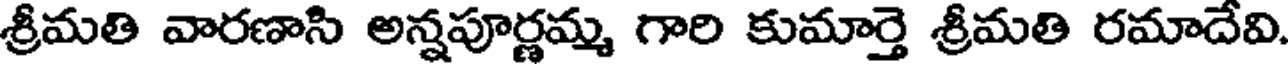
శ్రీమతి వారణాసి అన్నపూర్ణమ్మ గారి కుమార్తె శ్రీమతి రమాదేవి.